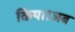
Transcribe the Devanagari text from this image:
किया।जब